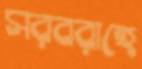
সরবরাহে